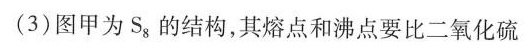
(3)图甲为Sa的结构，其熔点和沸点要比二氧化硫